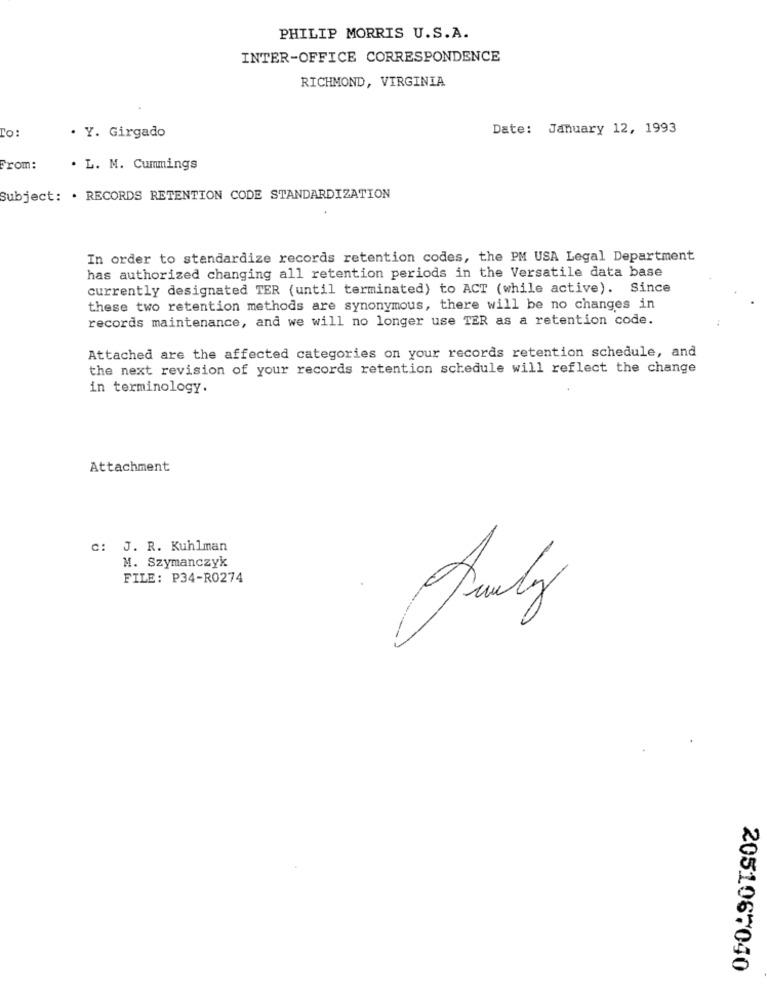
PHILIP MORRIS U.S.A.
INTER-OFFICE CORRESPONDENCE
RICHMOND, VIRGINIA
To:
Date: January 12, 1993
. Y. Girgado
From:
. L. M. Cummings
Subject: . RECORDS RETENTION CODE STANDARDIZATION
In order to standardize records retention codes, the PM USA Legal Department
has authorized changing all retention periods in the Versatile data base
currently designated TER (until terminated) to ACT (while active). Since
these two retention methods are synonymous, there will be no changes in
records maintenance, and we will no longer use TER as a retention code.
Attached are the affected categories on your records retention schedule, and
the next revision of your records retention schedule will reflect the change
in terminology.
Attachment
c: J. R. Kuhlman
M. Szymanczyk
FILE: P34-R0274
Amely
2051067040